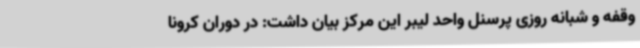
وقفه و شبانه روزی پرسنل واحد لیبر این مرکز بیان داشت: در دوران کرونا